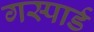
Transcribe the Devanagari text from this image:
गस्पार्ड